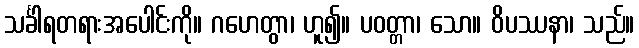
သင်္ခါရတရားအပေါင်းကို။ ဂဟေတွာ၊ ဟူ၍။ ပဝတ္တာ၊ သော။ ဝိပဿနာ၊ သည်။